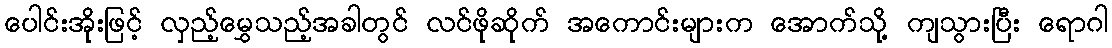
ပေါင်းအိုးဖြင့် လှည့်မွှေသည့်အခါတွင် လင်ဖိုဆိုက် အကောင်းများက အောက်သို့ ကျသွားပြီး ရောဂါ